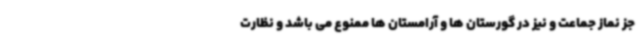
جز نماز جماعت و نیز در گورستان ها و آرامستان ها ممنوع می باشد و نظارت